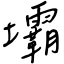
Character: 壩